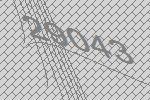
29043